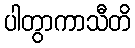
ပါတွာကာသီတိ